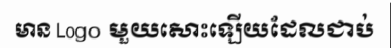
មាន Logo មួយសោះឡើយដែលជាប់